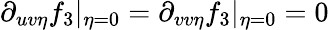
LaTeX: \partial_{uv\eta}f_{3}\vert_{\eta=0}=\partial_{vv\eta}f_{3}\vert_{\eta=0}=0